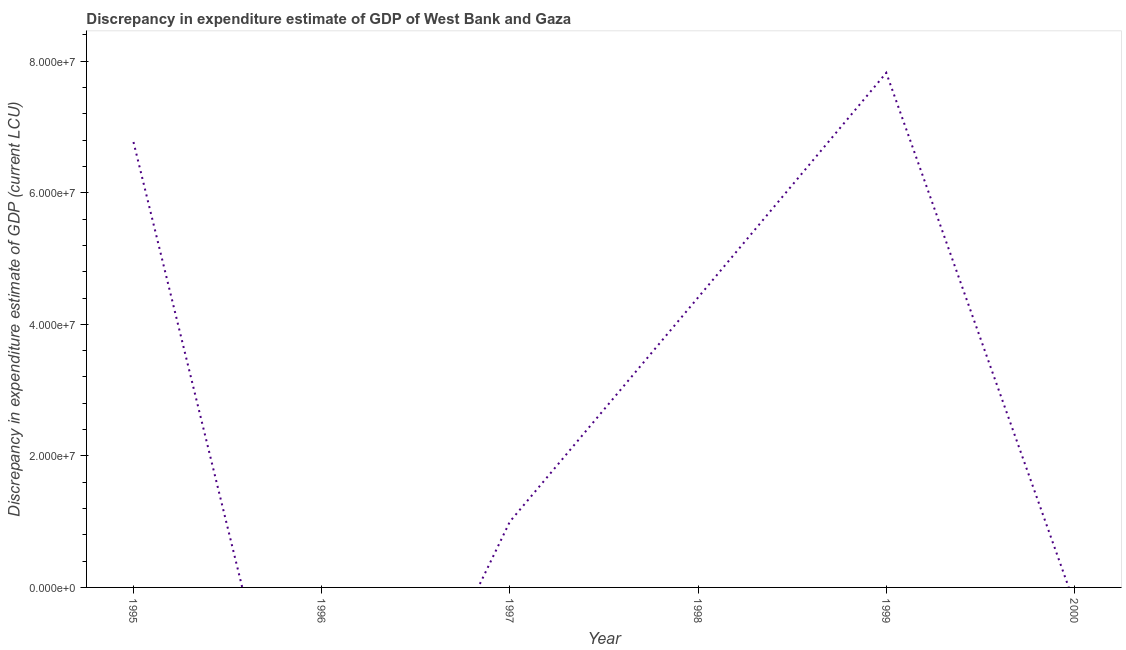
| Year | Discrepancy current LCU |
 | --- | --- |
 | 1995 | 6.77e+07 |
 | 1996 | -4.94e+07 |
 | 1997 | 1e+07 |
 | 1998 | 4.41e+07 |
 | 1999 | 7.82e+07 |
 | 2000 | -2.45e+06 |